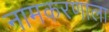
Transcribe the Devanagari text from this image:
नामकरणाला